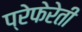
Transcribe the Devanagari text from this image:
प्रेफेरेती